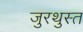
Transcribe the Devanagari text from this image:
जुरथुस्त